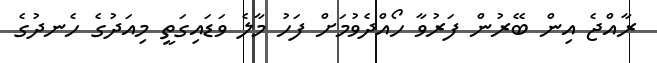
ރާއްޖެ އިން ބޭރުން ފަރުވާ ހޯއްދެވުމަށް ފަހު މާލެ ވަޑައިގަތީ މިއަދުގެ ހެނދުގެ